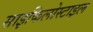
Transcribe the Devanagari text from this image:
साइकिलोस्टाइल